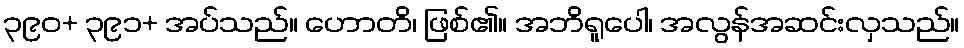
၃၉၀+ ၃၉၁+ အပ်သည်။ ဟောတိ၊ ဖြစ်၏။ အဘိရူပေါ၊ အလွန်အဆင်းလှသည်။